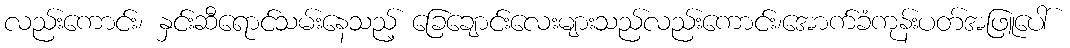
လည်းကောင်း၊ နှင်းဆီရောင်သမ်းနေသည့် ခြေချောင်းလေးများသည်လည်းကောင်း၊အောက်ခံကုန်းပတ်အဖြူပေါ်